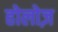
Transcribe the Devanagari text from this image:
होलोज़